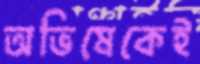
অভিষেকেই